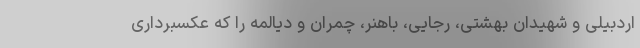
اردبیلی و شهیدان بهشتی، رجایی، باهنر، چمران و دیالمه را که عکسبرداری